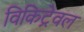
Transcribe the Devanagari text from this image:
विकिट्रेवल